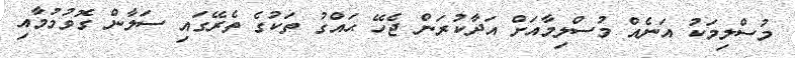
މުސްލިމަކު އަނެއް މުސްލިމާއަށް އަދާކުރަން ޖެހޭ ޙައްގު ތަކުގެ ތެރޭގައި ސަލާން ގޮވުމުމާއި